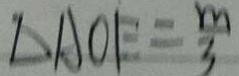
\Delta A O F = \frac { m } { 3 }